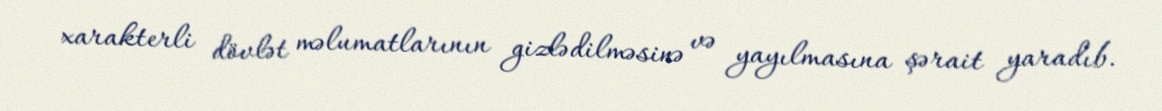
xarakterli dövlət məlumatlarının gizlədilməsinə və yayılmasına şərait yaradıb.